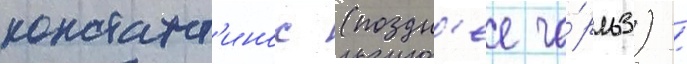
констант'инос (поздн'ее ча́рльз) /